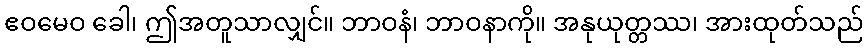
ဧဝမေဝ ခေါ၊ ဤအတူသာလျှင်။ ဘာဝနံ၊ ဘာဝနာကို။ အနုယုတ္တဿ၊ အားထုတ်သည်